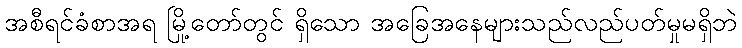
အစီရင်ခံစာအရ မြို့တော်တွင် ရှိသော အခြေအနေများသည်လည်ပတ်မှုမရှိဘဲ